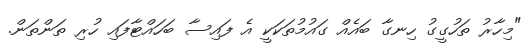
"މިހާރު ތަހުގީގު ހިނގާ ބައެއް ގައުމުތަކަކީ އެ ފައިސާ ބަހައްޓާފައި ހުރި ތަންތަން.